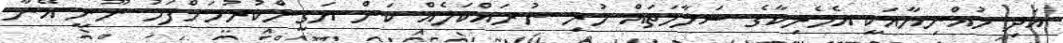
އަދި މުޣްނިޔާއަކީ އެމެރިކާގެ ސަލާމަތައް ހުރި ނުރައްކަލެއް ކަން ޔަގީންކުރުމަށްފަހު ނޫނީ އޭނާ